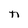
Character: n